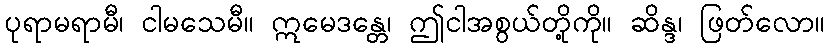
ပုရာမရာမီ၊ ငါမသေမီ။ ဣမေဒန္တေ၊ ဤငါအစွယ်တို့ကို။ ဆိန္ဒ၊ ဖြတ်လော။